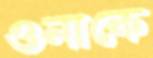
ওনাকে